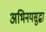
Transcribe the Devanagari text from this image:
अभिनयसुद्धा